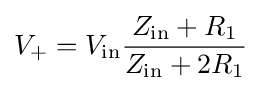
V_{+}=V_{\mathrm {in} }{\frac {Z_{\mathrm {in} }+R_{1}}{Z_{\mathrm {in} }+2R_{1}}}